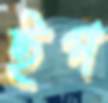
ইপ